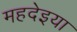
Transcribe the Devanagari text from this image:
महदेइया